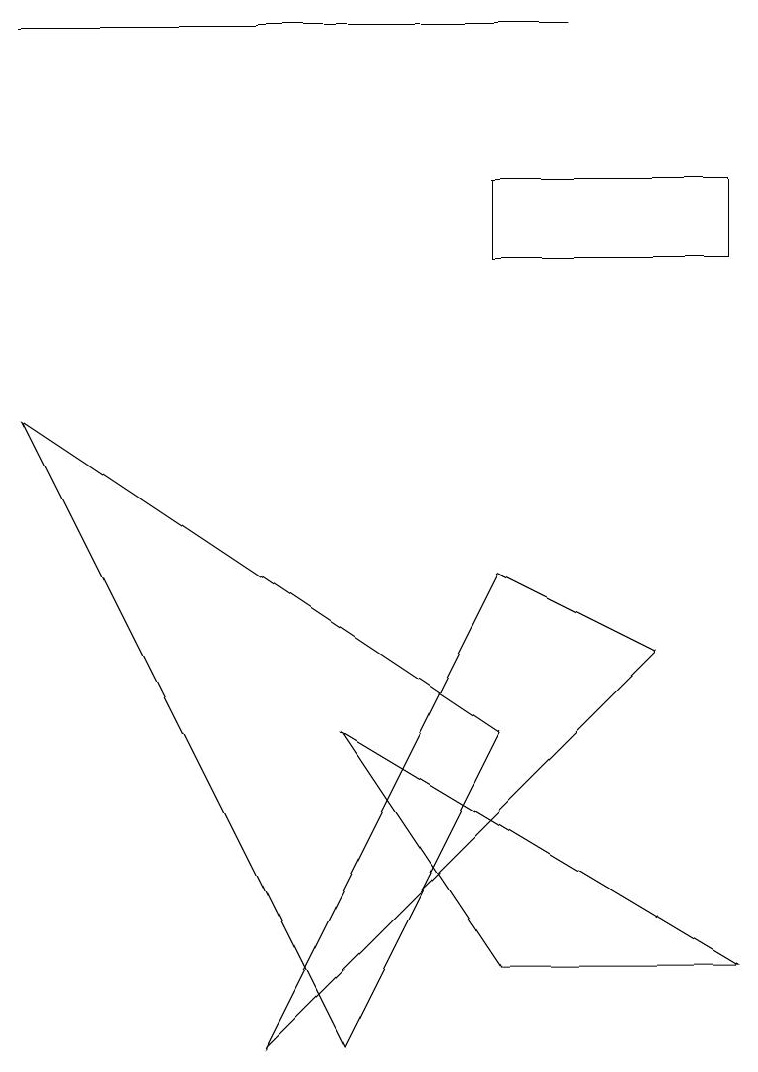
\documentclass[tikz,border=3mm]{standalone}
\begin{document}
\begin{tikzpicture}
\draw (7,14) rectangle (0,14);
\draw (6,2) -- (4,5) -- (9,2) -- cycle;
\draw (6,7) -- (8,6) -- (3,1) -- cycle;
\draw (6,11) rectangle (9,12);
\draw (4,1) -- (0,9) -- (6,5) -- cycle;
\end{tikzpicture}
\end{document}